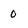
Character: 0